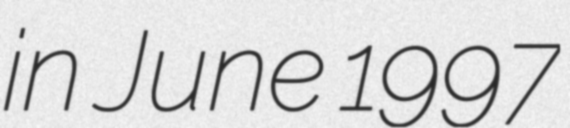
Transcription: in June 1997